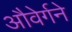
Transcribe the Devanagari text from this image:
औवेर्गने